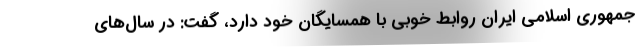
جمهوری اسلامی ایران روابط خوبی با همسایگان خود دارد، گفت: در سال‌های